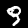
Digit: 9